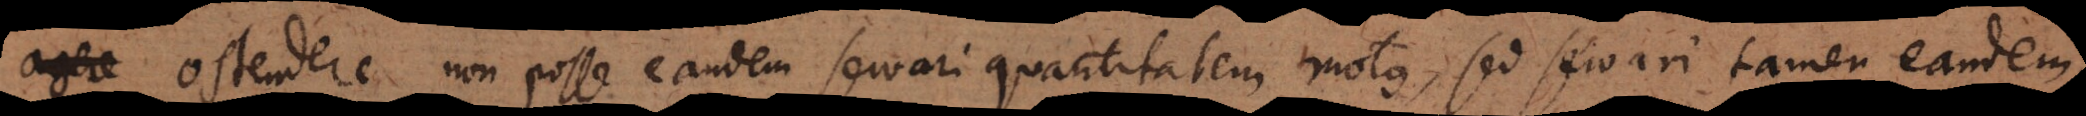
e ostendere non posse eandem servari quantitatem motus, sed servari tamen eandem